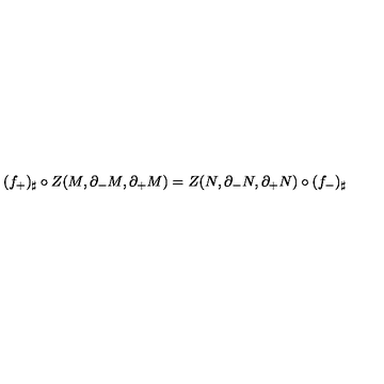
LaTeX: ( f _ { + } ) _ { \sharp } \circ Z ( M , \partial _ { - } M , \partial _ { + } M ) = Z ( N , \partial _ { - } N , \partial _ { + } N ) \circ ( f _ { - } ) _ { \sharp }